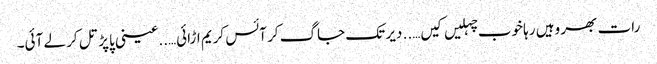
رات بھر وہیں رہا خوب چہلیں کیں….. دیر تک جاگ کر آئس کریم اڑائی…..عینی پاپڑ تل کر لے آئی۔